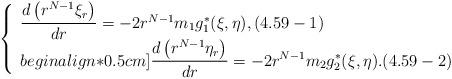
LaTeX: \begin{align*}\left\{\begin{array}{ll}\dfrac{d\left(r^{N-1}\xi_r\right)}{dr}=-2r^{N-1}m_1g^*_1(\xi,\eta),(4.59-1)\\begin{align*}0.5cm]\dfrac{d\left(r^{N-1}\eta_r\right)}{dr}=-2r^{N-1}m_2g^*_2(\xi,\eta).(4.59-2)\end{array}\right.\end{align*}